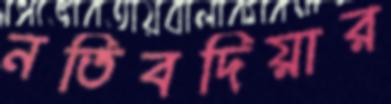
নতিবদিয়ার